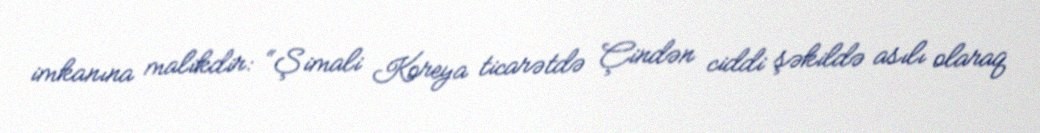
imkanına malikdir: “Şimali Koreya ticarətdə Çindən ciddi şəkildə asılı olaraq